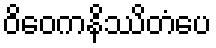
ဝိဝေကနိဿိတံပေ